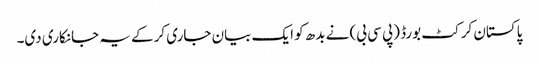
پاکستان کرکٹ بورڈ (پی سی بی) نے بدھ کو ایک بیان جاری کرکے یہ جانکاری دی۔